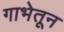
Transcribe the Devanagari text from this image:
गाभेतून